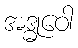
အဒ္ဓုဝေါ